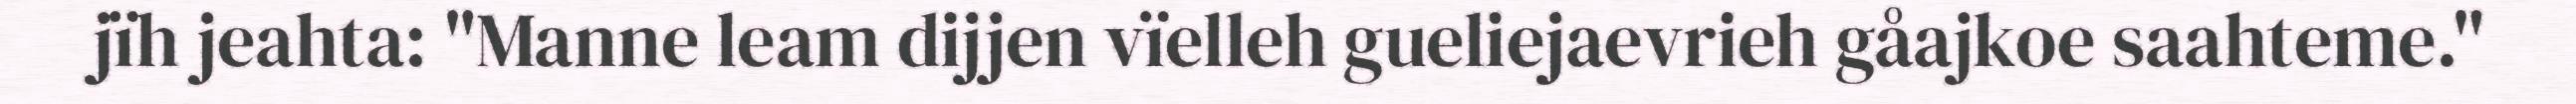
jïh jeahta: "Manne leam dijjen vïelleh gueliejaevrieh gåajkoe saahteme."